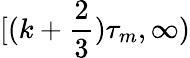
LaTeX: [(k+\frac 23)\tau_{m},\infty)